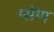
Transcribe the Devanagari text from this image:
प्सेप्प